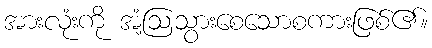
အားလုံးကို အံ့ဩသွားစေသောစကားဖြစ်၏။